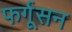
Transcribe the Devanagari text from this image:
फर्गूसन